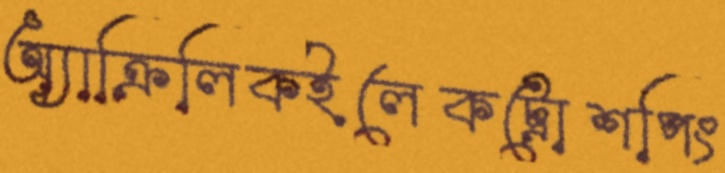
অ্যাক্রিলিকইলেকট্রোশপিং